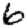
Digit: 6